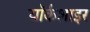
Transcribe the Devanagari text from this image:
यॉर्कशाइर